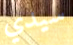
سيدي